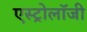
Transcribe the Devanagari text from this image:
एस्‍ट्रोलॉजी